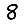
Digit: 8